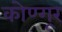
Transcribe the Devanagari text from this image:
कोण्गूर